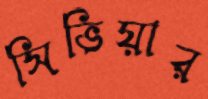
সিভিয়ার